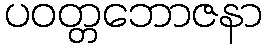
ပဝတ္တဘောဇနာ